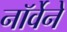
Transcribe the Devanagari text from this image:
नॉर्वेने